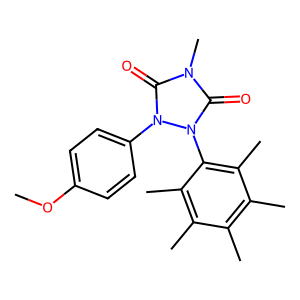
SMILES: COc1ccc(-n2c(=O)n(C)c(=O)n2-c2c(C)c(C)c(C)c(C)c2C)cc1
Inhibits HIV replication: No